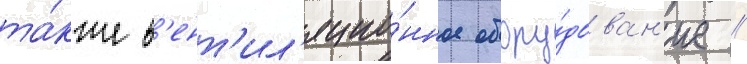
та́кже в'ент'ил'яцио́нное обору́дован'ие //